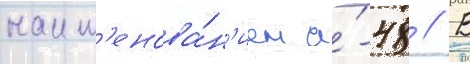
наим'енова́н'ием а́-48 // В